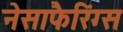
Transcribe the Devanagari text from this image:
नेसाफैरिंग्स